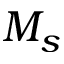
M _ { s }